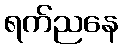
ရက်ညနေ